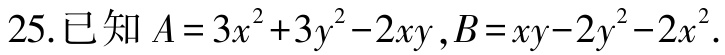
25.已知\(A = 3x^{2}+3y^{2}-2xy,B = xy - 2y^{2}-2x^{2}\)